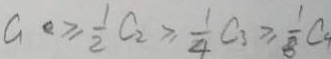
a \geq \frac { 1 } { 2 } C _ { 2 } \geq \frac { 1 } { 4 } C _ { 3 } \geq \frac { 1 } { 8 } C